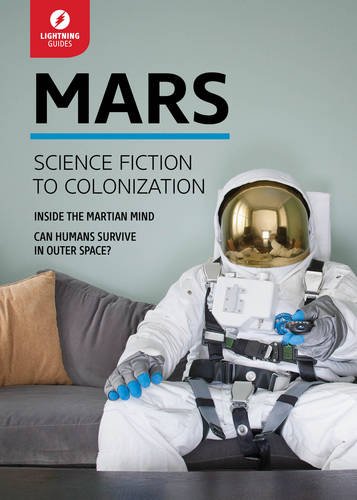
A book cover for Mars: Science Fiction to Colonization (Lightning Guides); Lightning Guides; Science & Math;